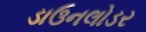
ડાઉનલોડર